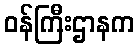
ဝန်ကြီးဌာနက